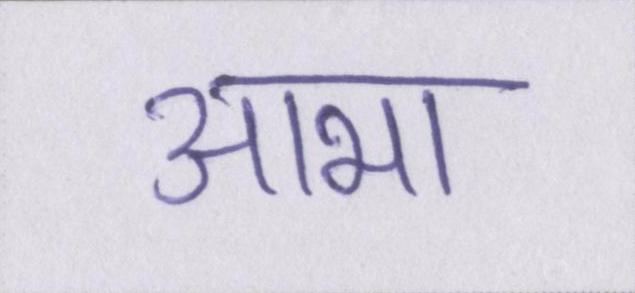
आभा